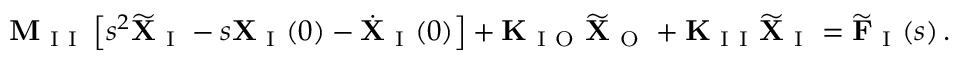
\mathbf { M } _ { \mathrm { ~ I ~ I ~ } } \left[ s ^ { 2 } \widetilde { \mathbf { X } } _ { \mathrm { ~ I ~ } } - s \mathbf { X } _ { \mathrm { ~ I ~ } } ( 0 ) - \dot { \mathbf { X } } _ { \mathrm { ~ I ~ } } ( 0 ) \right] + \mathbf { K } _ { \mathrm { ~ I ~ O ~ } } \widetilde { \mathbf { X } } _ { \mathrm { ~ O ~ } } + \mathbf { K } _ { \mathrm { ~ I ~ I ~ } } \widetilde { \mathbf { X } } _ { \mathrm { ~ I ~ } } = \widetilde { \mathbf { F } } _ { \mathrm { ~ I ~ } } ( s ) \, .